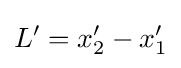
L'=x_{2}^{\prime }-x_{1}^{\prime }